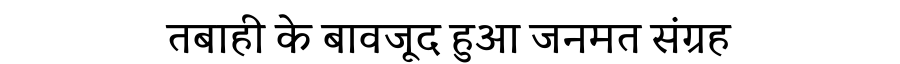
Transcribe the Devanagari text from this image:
तबाही के बावजूद हुआ जनमत संग्रह